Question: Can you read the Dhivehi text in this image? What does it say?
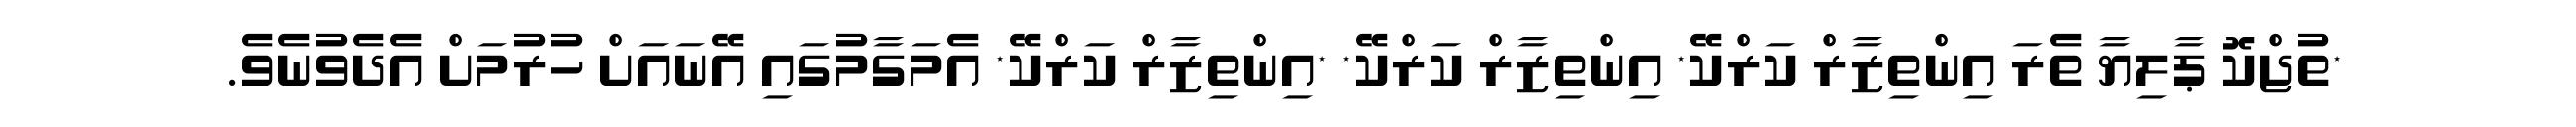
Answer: *ތުޖްކޮ ޕާލިޔާ ތެރަ އިންތިޒާރް ކަރްކޭ* އިންތިޒާރް ކަރްކޭ* *އިންތިޒާރް ކަރްކޭ* އެމަގާމުގައި އޭނައަށް ހުރުމަށް އެދެވުނެވެ.